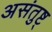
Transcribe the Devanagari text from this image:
असंतुष्ट्